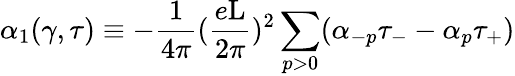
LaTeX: {\alpha}_{1}(\gamma,\tau)\equiv-\frac{1}{4\pi}(\frac{e\mathrm{L}}{2\pi})^{2}\sum_{p>0}({\alpha}_{-p}{\tau}_{-}-{\alpha}_{p}{\tau}_{+})